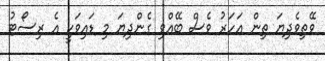
ވޭތިވެދިޔަ ތިން އަހަރު ވެސް ބޭއްވި ގެންދިޔަ މި ޑައިވަކީ އެ ރިސޯޓު